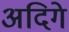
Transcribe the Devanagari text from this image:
अदिगे